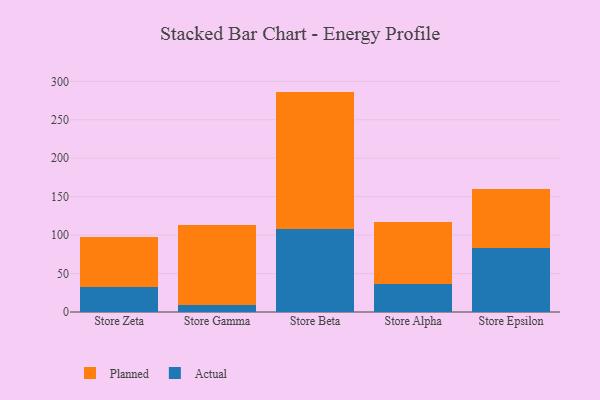
{"axis": {"x": "Store", "y": "Shipments"}, "legend": ["Actual", "Planned"], "data": [{"x": "Store Zeta", "y": 32.1, "type": "Actual"}, {"x": "Store Zeta", "y": 65.3, "type": "Planned"}, {"x": "Store Gamma", "y": 9.5, "type": "Actual"}, {"x": "Store Gamma", "y": 103.2, "type": "Planned"}, {"x": "Store Beta", "y": 107.8, "type": "Actual"}, {"x": "Store Beta", "y": 178.8, "type": "Planned"}, {"x": "Store Alpha", "y": 35.8, "type": "Actual"}, {"x": "Store Alpha", "y": 81.7, "type": "Planned"}, {"x": "Store Epsilon", "y": 83.7, "type": "Actual"}, {"x": "Store Epsilon", "y": 76.1, "type": "Planned"}]}